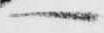
へ